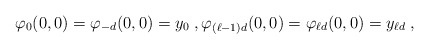
\begin{align*}\varphi_0(0,0) = \varphi_{-d}(0,0) = y_0 \;, \varphi_{(\ell-1)d}(0,0) = \varphi_{\ell d}(0,0) = y_{\ell d} \;,\end{align*}